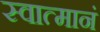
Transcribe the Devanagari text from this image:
स्वात्मानं